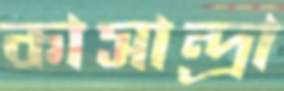
কাসান্দ্রা